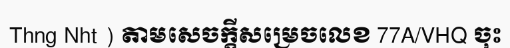
Thng Nht ) តាមសេចក្តីសម្រេចលេខ 77A/VHQ ចុះ